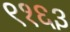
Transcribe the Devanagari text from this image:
९१६३